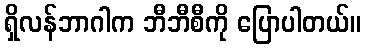
ရှိလန်ဘာဂါက ဘီဘီစီကို ပြောပါတယ်။